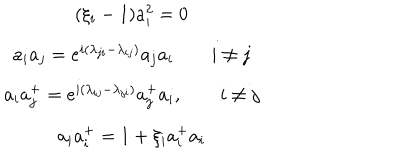
\begin{array} { c } { { ( \xi _ { i } - 1 ) a _ { i } ^ { 2 } = 0 } } \\ { { a _ { i } a _ { j } = e ^ { i ( \lambda _ { j i } - \lambda _ { i j } ) } a _ { j } a _ { i } \qquad i \neq j } } \\ { { a _ { i } a _ { j } ^ { + } = e ^ { i ( \lambda _ { i j } - \lambda _ { j i } ) } a _ { j } ^ { + } a _ { i } , \qquad i \neq j } } \\ { { a _ { i } a _ { i } ^ { + } = 1 + \xi _ { i } a _ { i } ^ { + } a _ { i } } } \\ \end{array}